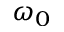
\omega _ { 0 }